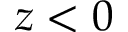
z < 0